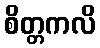
စိတ္တကလိ